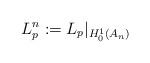
LaTeX: \begin{align*} L_{p}^n:=L_{p}\arrowvert_{H^1_{0}(A_n)}\end{align*}